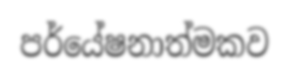
පර්යේෂනාත්මකව